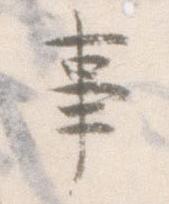
事